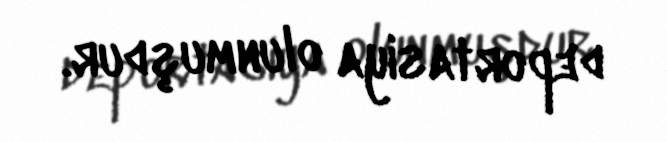
deportasiya olunmuşdur.